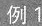
例1